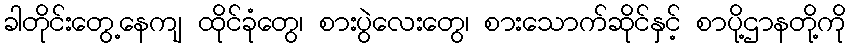
ခါတိုင်းတွေ့နေကျ ထိုင်ခုံတွေ၊ စားပွဲလေးတွေ၊ စားသောက်ဆိုင်နှင့် စာပို့ဌာနတို့ကို